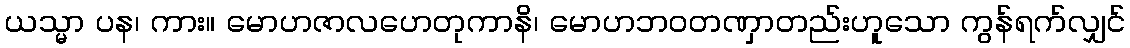
ယသ္မာ ပန၊ ကား။ မောဟဇာလဟေတုကာနိ၊ မောဟဘဝတဏှာတည်းဟူသော ကွန်ရက်လျှင်